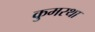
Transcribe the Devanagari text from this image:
कुमरथा